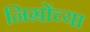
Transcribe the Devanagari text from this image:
निग्रोंच्या